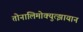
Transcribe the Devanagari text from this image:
तोनालिमोक्युत्झायान